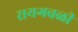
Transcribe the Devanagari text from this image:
रायगवळी